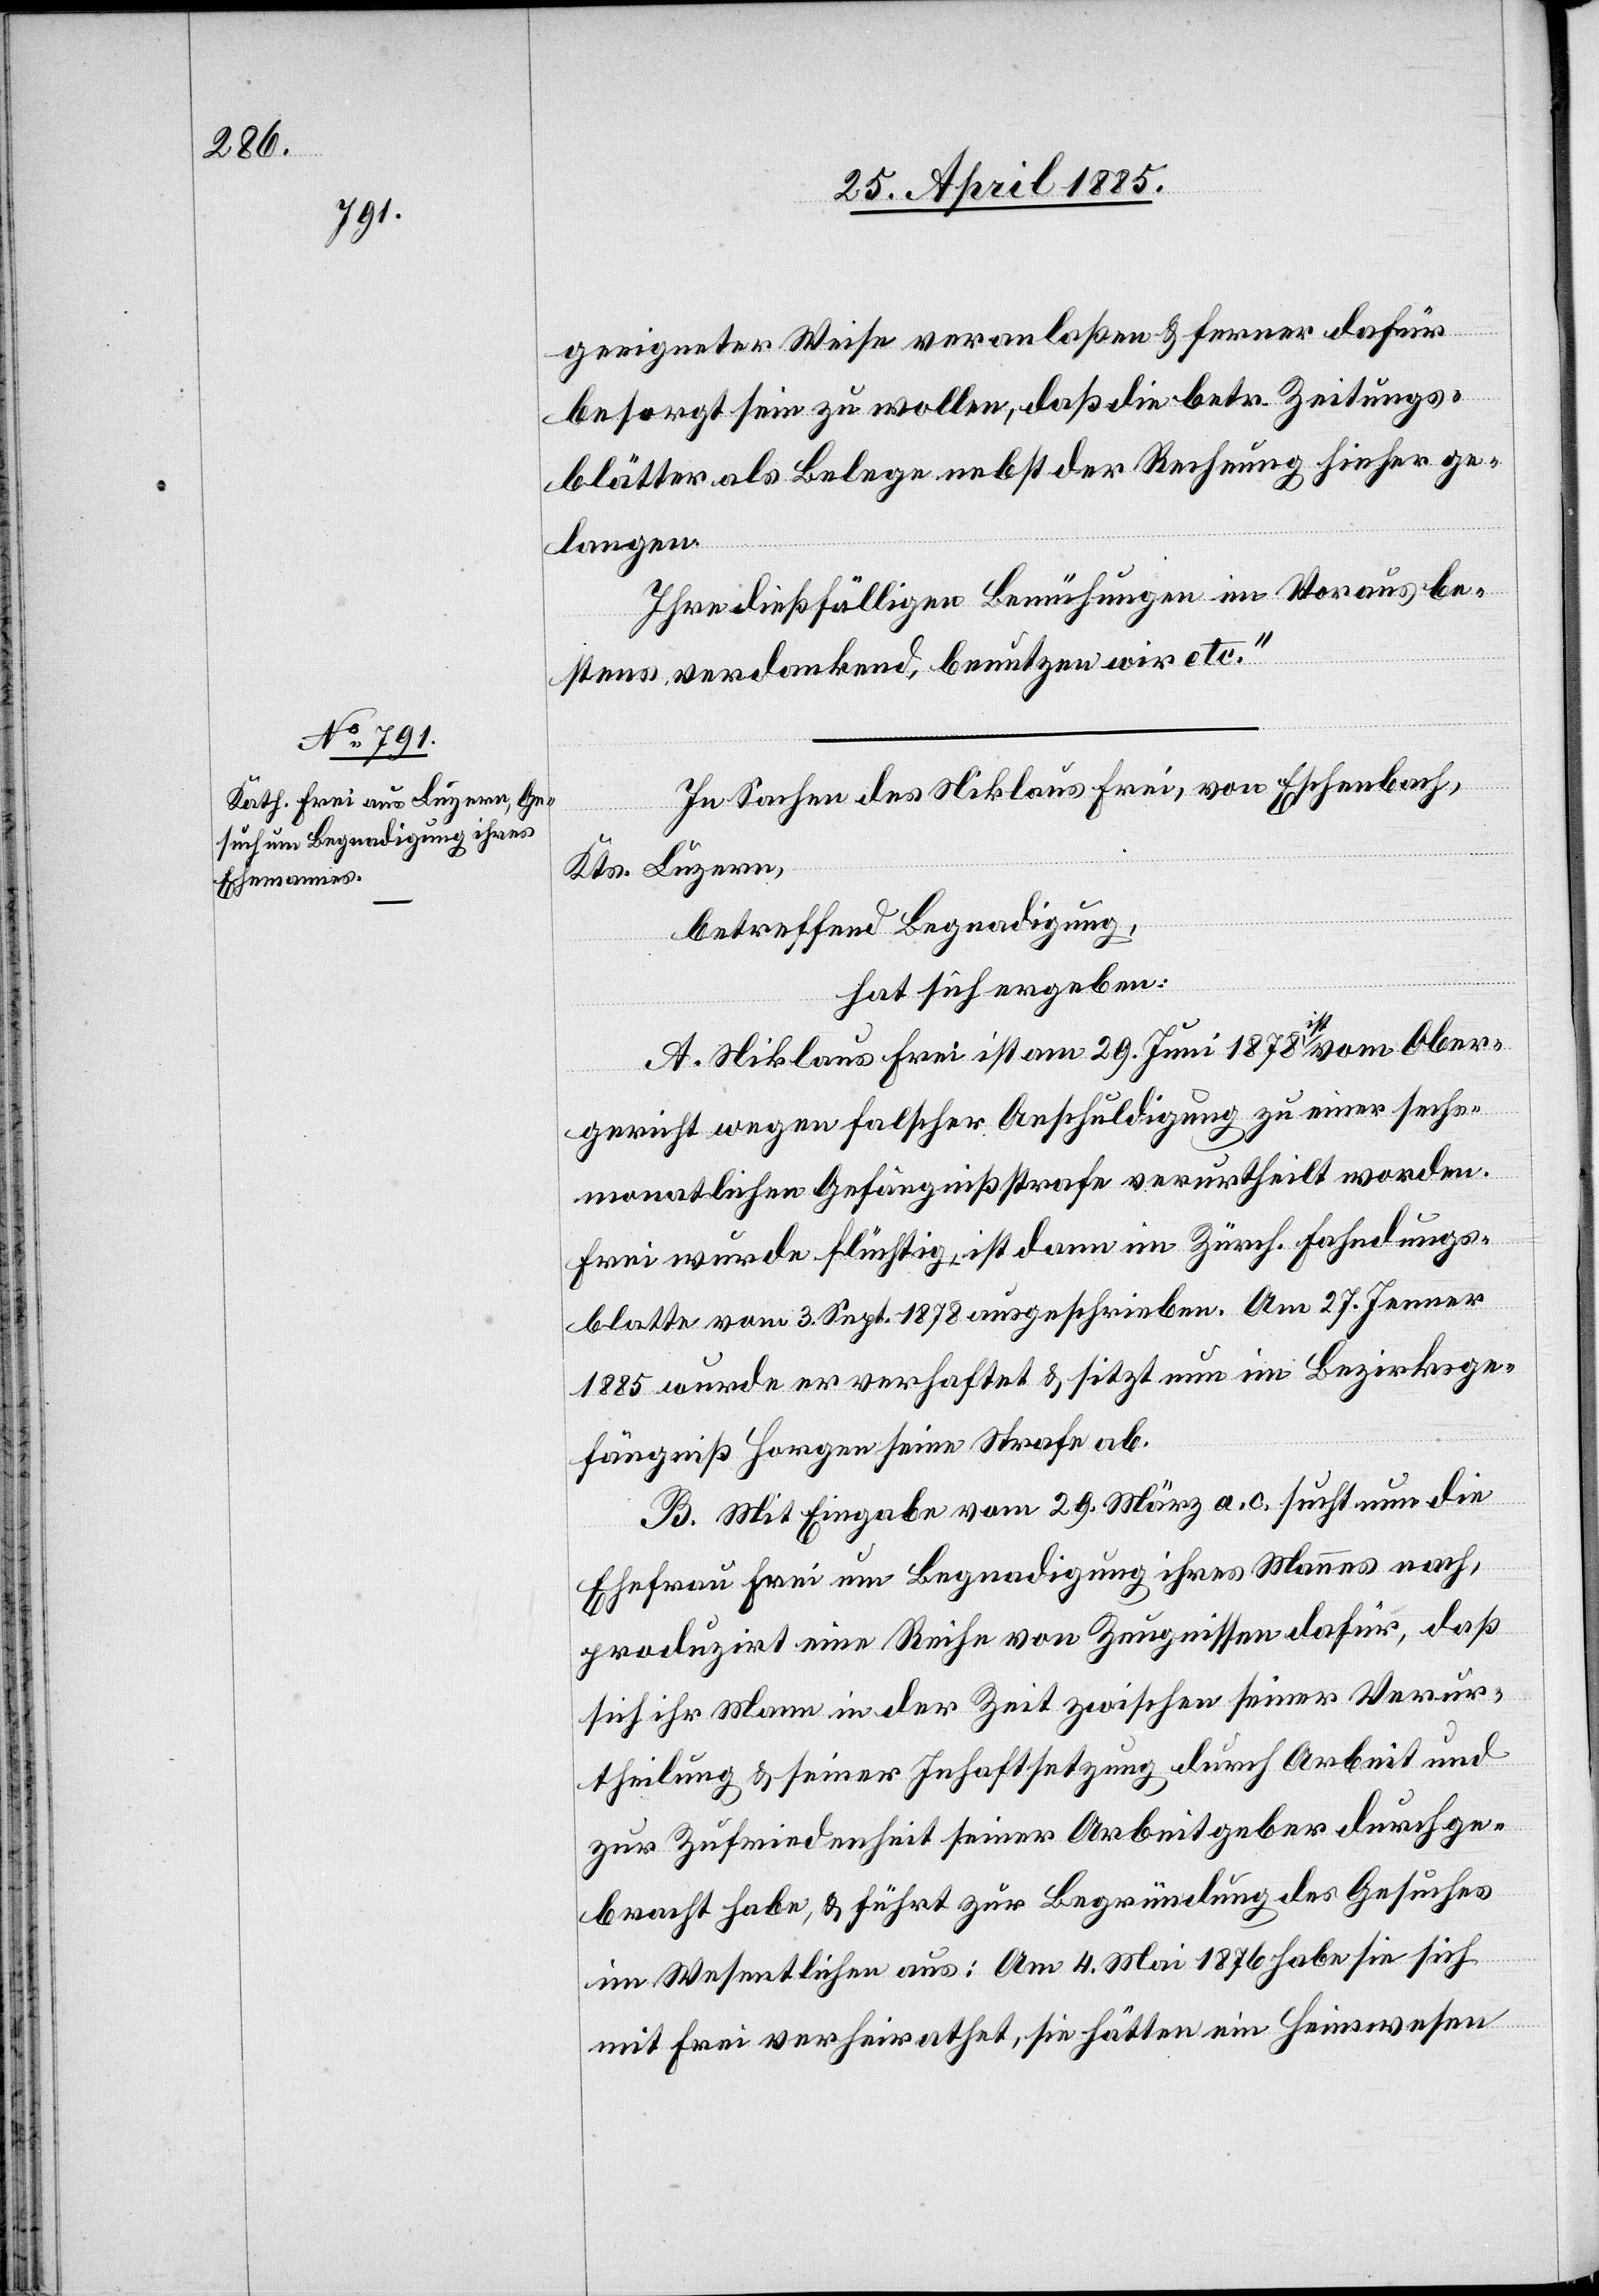
geeigneter Weise veranlaßen & ferner dafür
besorgt sein zu wollen, daß die betr. Zeitungs¬
blätter als Belege nebst der Rechnung hieher ge¬
langen.
Ihre dießfälligen Bemühungen im Voraus be¬
stens verdankend, benutzen wir etc.“
In Sachen des Niklaus Frei, von Eschenbach,
Kts. Luzern,
betreffend Begnadigung,
hat sich ergeben:
A. Niklaus Frei ist am 29. Juni 1878 a-ist-a
er¬
gericht wegen falscher Anschuldigung zu einer sechs¬
monatlichen Gefängnißstrafe verurtheilt worden.
Frei wurde flüchtig, ist dann im Zürch. Fahndungs¬
blatte vom 3. Sept. 1878 ausgeschrieben [worden]. Am 27. Januar
1885 wurde er verhaftet & sitzt nun im Bezirksge¬
fängniß Horgen seine Strafe ab.
B. Mit Eingabe vom 29. März a. c. sucht nun die
Ehefrau Frei um Begnadung ihres Mannes nach,
produzirt eine Reihe von Zeugnissen dafür, daß
sich ihr Mann in der Zeit zwischen seiner Verur¬
theilung & seiner Inhaftsetzung durch Arbeit und
zur Zufriedenheit seiner Arbeitgeber durchge¬
bracht habe, & führt zur Begründung des Gesuches
im Wesentlichen aus: Am 4. Mai 1876 habe sie sich
mit Frei verheirathet, sie hätten ein Heimwesen